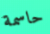
حاسمة